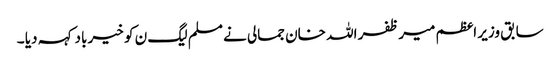
سابق وزیر اعظم میر ظفر اللہ خان جمالی نے مسلم لیگ ن کو خیر باد کہہ دیا ۔